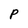
Character: P